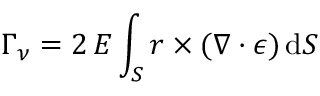
\boldsymbol { \Gamma } _ { \nu } = 2 \, E \int _ { S } \boldsymbol { r } \times ( \nabla \boldsymbol { \cdot } \boldsymbol { \epsilon } ) \, \mathrm { d } S